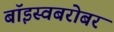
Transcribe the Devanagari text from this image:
बॉइस्वबरोबर